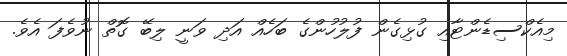
މިއެކްސިޑެންޓާއި ގުޅިގެން ފުލުހުންގެ ބަހެއް އަދި ވަނީ ލިބޭ ގޮތް ނުވެފަ އެެވެ.